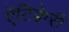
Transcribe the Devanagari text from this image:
ऐंटिक्वेरी